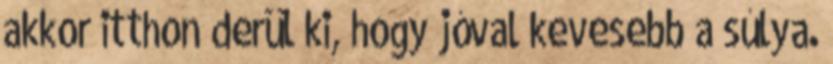
akkor itthon derül ki, hogy jóval kevesebb a súlya.